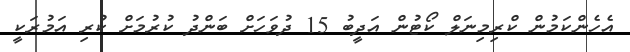
އެހެންކަމުން ކްރިމިނަލް ކޯޓުން އަދީބު 15 ދުވަހަށް ބަންދު ކުރުމަށް ކުރި އަމުރަކީ